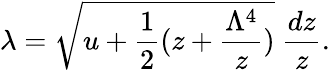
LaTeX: \lambda=\sqrt{u+\frac{1}{2}(z+\frac{\Lambda^{4}}{z})}~\frac{dz}{z}.